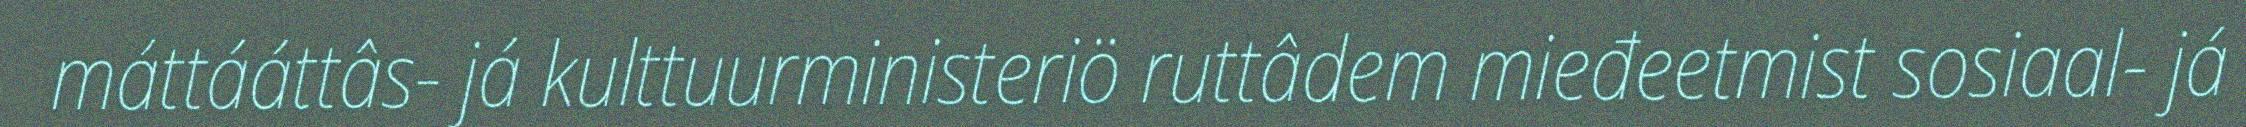
máttááttâs- já kulttuurministeriö ruttâdem mieđeetmist sosiaal- já